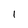
Character: 1